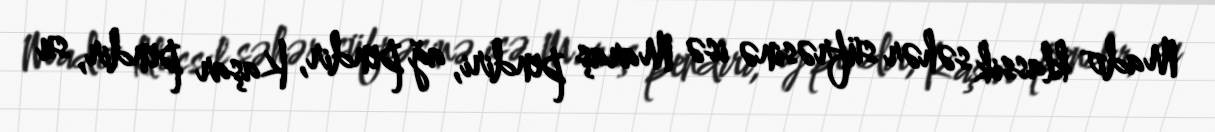
Mado klassik səhər süfrəsinə isə Maraş pendiri, ağ pendir, Kaşar pendir, su